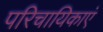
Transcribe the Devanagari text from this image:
परिचायिकाएं